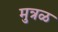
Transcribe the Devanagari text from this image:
मुत्रळ